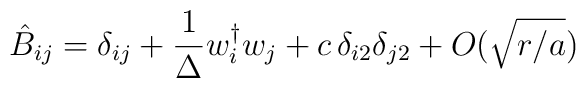
\hat B_{ij} = \delta_{ij} + {1 \over \Delta} w_i^\dagger w_j        + c \, \delta_{i2}\delta_{j2} + O(\sqrt{r/a})